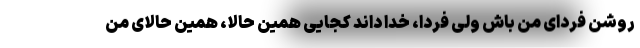
روشن فردای من باش ولی فردا، خدا داند کجایی همین حالا، همین حالای من